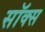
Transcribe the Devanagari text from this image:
सॉक्‍स